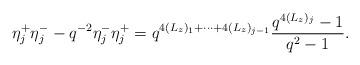
LaTeX: \begin{align*}\eta_{j}^{+}\eta_{j}^{-} - q^{-2}\eta_{j}^{-}\eta_{j}^{+} = q^{4(L_{z})_{1} + \cdots + 4(L_{z})_{j-1}}\frac{q^{4(L_{z})_{j}} - 1}{q^{2} - 1}.\end{align*}